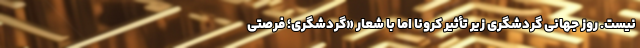
نیست. روز جهانی گردشگری زیر تأثیر کرونا اما با شعار «گردشگری؛ فرصتی